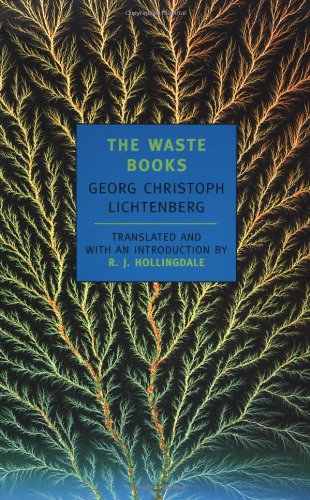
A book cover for The Waste Books (New York Review Books Classics); Georg Christoph Lichtenberg; Politics & Social Sciences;